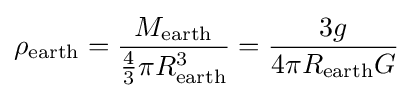
\rho _{\rm {earth}}={\frac {M_{\rm {earth}}}{{\tfrac {4}{3}}\pi R_{\rm {earth}}^{3}}}={\frac {3g}{4\pi R_{\rm {earth}}G}}